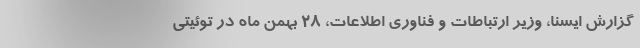
گزارش ایسنا، وزیر ارتباطات و فناوری اطلاعات، ۲۸ بهمن ماه در توئیتی